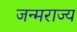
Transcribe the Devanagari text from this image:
जन्मराज्य